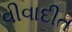
વીવાદીત